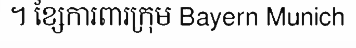
។ ខ្សែការពារក្រុម Bayern Munich